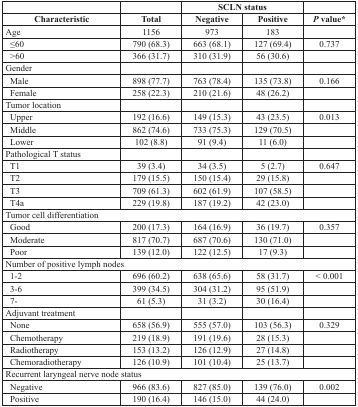
<table><thead><tr><td></td><td></td><td colspan="2"><b>SCLN status</b></td><td></td></tr><tr><td><b>Characteristic</b></td><td><b>Total</b></td><td><b>Negative</b></td><td><b>Positive</b></td><td><b><i>P</i> value*</b></td></tr></thead><tbody><tr><td>Age</td><td>1156</td><td>973</td><td>183</td><td></td></tr><tr><td>≤60</td><td>790 (68.3)</td><td>663 (68.1)</td><td>127 (69.4)</td><td>0.737</td></tr><tr><td>&gt;60</td><td>366 (31.7)</td><td>310 (31.9)</td><td>56 (30.6)</td><td></td></tr><tr><td>Gender</td><td></td><td></td><td></td><td></td></tr><tr><td>Male</td><td>898 (77.7)</td><td>763 (78.4)</td><td>135 (73.8)</td><td>0.166</td></tr><tr><td>Female</td><td>258 (22.3)</td><td>210 (21.6)</td><td>48 (26.2)</td><td></td></tr><tr><td>Tumor location</td><td></td><td></td><td></td><td></td></tr><tr><td>Upper</td><td>192 (16.6)</td><td>149 (15.3)</td><td>43 (23.5)</td><td>0.013</td></tr><tr><td>Middle</td><td>862 (74.6)</td><td>733 (75.3)</td><td>129 (70.5)</td><td></td></tr><tr><td>Lower</td><td>102 (8.8)</td><td>91 (9.4)</td><td>11 (6.0)</td><td></td></tr><tr><td>Pathological T status</td><td></td><td></td><td></td><td></td></tr><tr><td>T1</td><td>39 (3.4)</td><td>34 (3.5)</td><td>5 (2.7)</td><td>0.647</td></tr><tr><td>T2</td><td>179 (15.5)</td><td>150 (15.4)</td><td>29 (15.8)</td><td></td></tr><tr><td>T3</td><td>709 (61.3)</td><td>602 (61.9)</td><td>107 (58.5)</td><td></td></tr><tr><td>T4a</td><td>229 (19.8)</td><td>187 (19.2)</td><td>42 (23.0)</td><td></td></tr><tr><td colspan="5">Tumor cell differentiation</td></tr><tr><td>Good</td><td>200 (17.3)</td><td>164 (16.9)</td><td>36 (19.7)</td><td>0.357</td></tr><tr><td>Moderate</td><td>817 (70.7)</td><td>687 (70.6)</td><td>130 (71.0)</td><td></td></tr><tr><td>Poor</td><td>139 (12.0)</td><td>122 (12.5)</td><td>17 (9.3)</td><td></td></tr><tr><td colspan="5">Number of positive lymph nodes</td></tr><tr><td>1-2</td><td>696 (60.2)</td><td>638 (65.6)</td><td>58 (31.7)</td><td>&lt; 0.001</td></tr><tr><td>3-6</td><td>399 (34.5)</td><td>304 (31.2)</td><td>95 (51.9)</td><td></td></tr><tr><td>7-</td><td>61 (5.3)</td><td>31 (3.2)</td><td>30 (16.4)</td><td></td></tr><tr><td>Adjuvant treatment</td><td></td><td></td><td></td><td></td></tr><tr><td>None</td><td>658 (56.9)</td><td>555 (57.0)</td><td>103 (56.3)</td><td>0.329</td></tr><tr><td>Chemotherapy</td><td>219 (18.9)</td><td>191 (19.6)</td><td>28 (15.3)</td><td></td></tr><tr><td>Radiotherapy</td><td>153 (13.2)</td><td>126 (12.9)</td><td>27 (14.8)</td><td></td></tr><tr><td>Chemoradiotherapy</td><td>126 (10.9)</td><td>101 (10.4)</td><td>25 (13.7)</td><td></td></tr><tr><td colspan="5">Recurrent laryngeal nerve node status</td></tr><tr><td>Negative</td><td>966 (83.6)</td><td>827 (85.0)</td><td>139 (76.0)</td><td>0.002</td></tr><tr><td>Positive</td><td>190 (16.4)</td><td>146 (15.0)</td><td>44 (24.0)</td><td></td></tr></tbody></table>